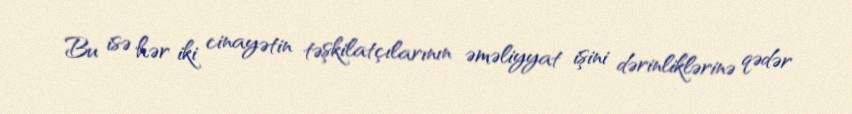
Bu isə hər iki cinayətin təşkilatçılarının əməliyyat işini dərinliklərinə qədər